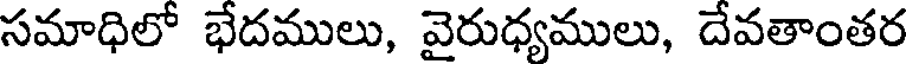
సమాధిలో భేదములు, వైరుధ్యములు, దేవతాంతర